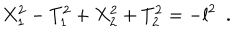
LaTeX: X _ { 1 } ^ { 2 } - T _ { 1 } ^ { 2 } + X _ { 2 } ^ { 2 } + T _ { 2 } ^ { 2 } = - l ^ { 2 } ~ ~ .